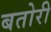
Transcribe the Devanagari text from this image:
बतोरी